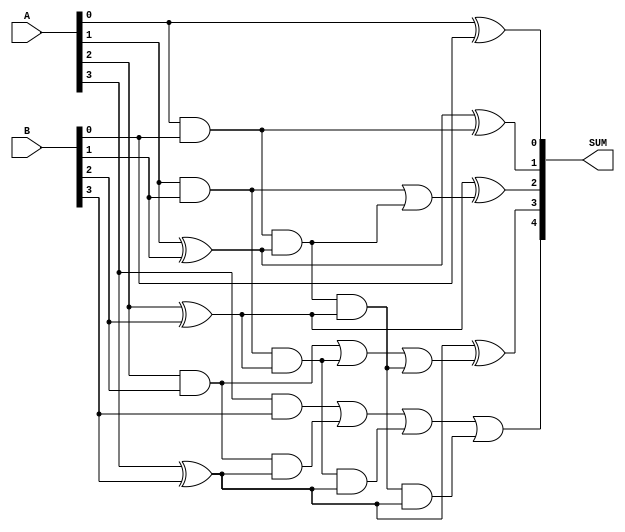
`timescale 1ns / 1ps

/*
    Group Members: Thomas Hudson and Warren Seto

    Lab Name: Combinational Logic
    Project Name: eng312_proj2
    Design Name: four_bit_adder_EC.v
    Design Description: Verilog Module for Four Bit Adder Extra Credit
*/

module four_bit_adder_EC
(
  input [3:0] A,
  input [3:0] B,
  output [4:0] SUM
);

  assign SUM[0] = A[0] ^ B[0];
  assign SUM[1] = A[1] ^ B[1] ^ (A[0] & B[0]);
  assign SUM[2] = A[2] ^ B[2] ^ ((A[1] & B[1]) | ((A[0] & B[0]) & (A[1] ^ B[1])));
  assign SUM[3] = A[3] ^ B[3] ^ ((A[2] & B[2]) | ((A[1] & B[1]) & (A[2] ^ B[2])) | ((A[0] & B[0]) & (A[1] ^ B[1]) & (A[2] ^ B[2])));
  assign SUM[4] = ((A[3] & B[3]) | (A[2] & B[2]) & (A[3] ^ B[3])) | ((A[1] & B[1]) & (A[2] ^ B[2]) & (A[3] ^ B[3])) | ((A[0] & B[0]) & (A[1] ^ B[1]) & (A[2] ^ B[2]) & (A[3] ^ B[3]));
endmodule